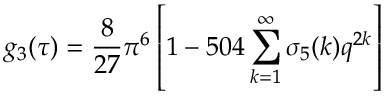
g _ { 3 } ( \tau ) = { \frac { 8 } { 2 7 } } \pi ^ { 6 } \left[ 1 - 5 0 4 \sum _ { k = 1 } ^ { \infty } \sigma _ { 5 } ( k ) q ^ { 2 k } \right]